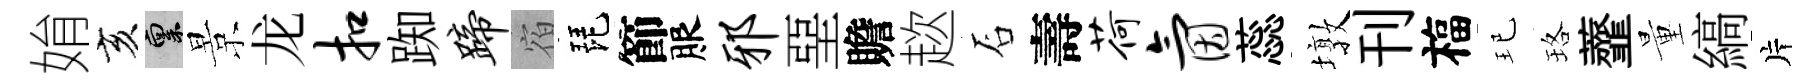
姢亥禀景龙扣踟蹄宿琵節服邪堊贍趑石壽荷氤蕊墩刊福玘珞虀量縞片